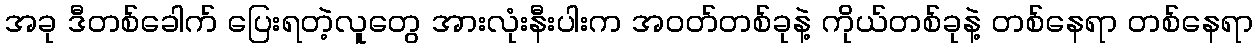
အခု ဒီတစ်ခေါက် ပြေးရတဲ့လူတွေ အားလုံးနီးပါးက အဝတ်တစ်ခုနဲ့ ကိုယ်တစ်ခုနဲ့ တစ်နေရာ တစ်နေရာ